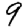
Digit: 9